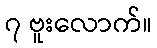
၇ ဗူးလောက်။